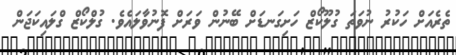
ތެރެއަށް ހަކުރު ނުވަތަ ގުލޫކޯޒް ހަށިގަނޑަށް ބޭނުން ވަރަށް ފޮނުވާލައެވެ. ގުލްކޯޒް ގްލައިކަޖަން